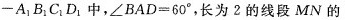
-A_{1}B_{1}C_{1}D_{1}中，$$∠ B A D = 6 0 °$$ ，长为2的线段MN的